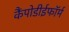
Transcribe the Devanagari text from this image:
कैंपोडीईफॉर्म